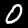
Digit: 0